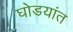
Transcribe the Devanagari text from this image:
घोडयांत